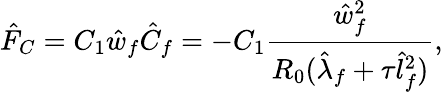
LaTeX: {\hat{F}}_{C}=C_{1}\hat{w}_{f}\hat{C}_{f}=-C_{1}\frac{\hat{w}_{f}^{2}}{R_{0}(\hat{\lambda}_{f}+\tau\hat{l}_{f}^{2})},